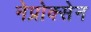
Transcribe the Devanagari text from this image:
नेप्रोक्सेन